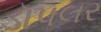
ડૉપલર